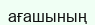
ағашының